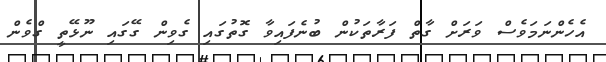
އެހެންނަމަވެސް ވަރަށް ގާތް ފަރާތަކުން ބުނެފައިވާ ގޮތުގައި ގެވިން ގޭގައި ނޫޅޭތީ ގްވެން